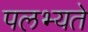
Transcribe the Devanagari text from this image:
पलभ्यते